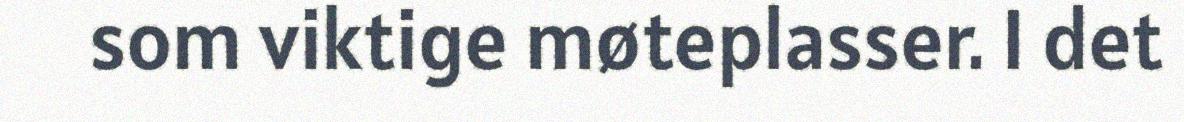
som viktige møteplasser. I det